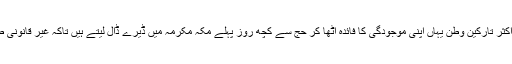
سعودی عرب میں مقیم اکثر تارکین وطن یہاں اپنی موجودگی کا فائدہ اُٹھا کر حج سے کچھ روز پہلے مکّہ مکرمہ میں ڈیرے ڈال لیتے ہیں تاکہ غیر قانونی طور پر حج ادا کر سکیں۔